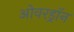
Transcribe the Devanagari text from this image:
ओवरड्रॉन